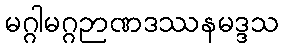
မဂ္ဂါမဂ္ဂဉာဏဒဿနမဒ္ဒသ